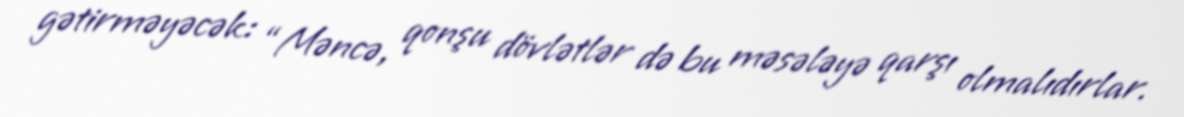
gətirməyəcək: “Məncə, qonşu dövlətlər də bu məsələyə qarşı olmalıdırlar.